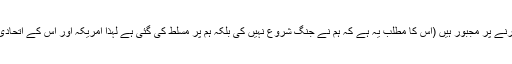
جب تک ہم زندہ ہیں ہم اپنے ملک کا دفاع کرنے پر مجبور ہیں (اس کا مطلب یہ ہے کہ ہم نے جنگ شروع نہیں کی بلکہ ہم پر مسلط کی گئی ہے لہذا امریکہ اور اس کے اتحادی یہ نہ سوچیں کہ وہ جنگ جیت جائیں گے ۔